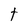
Character: t